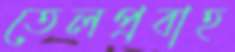
তেলপ্রবাহ